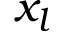
x _ { l }